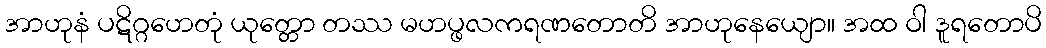
အာဟုနံ ပဋိဂ္ဂဟေတုံ ယုတ္တော တဿ မဟပ္ဖလကရဏတောတိ အာဟုနေယျော။ အထ ဝါ ဒူရတောပိ